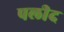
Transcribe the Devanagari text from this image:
पलीद